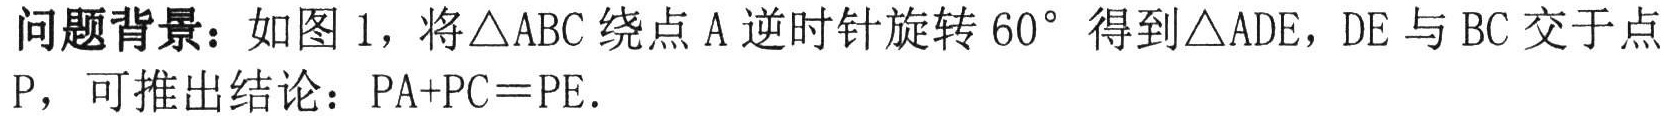
问题背景：如图1，将\(\triangle ABC\)绕点\(A\)逆时针旋转\(60^{\circ}\)得到\(\triangle ADE\)，\(DE\)与\(BC\)交于点\(P\)，可推出结论：\(PA + PC = PE\).